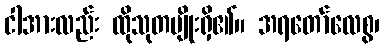
ငါအားလည်း ထိုသုတမျိုးရှိ၏။ အရတော်လေစွ၊